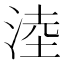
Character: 淕